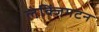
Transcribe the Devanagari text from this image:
लेक्जिंगटन